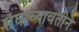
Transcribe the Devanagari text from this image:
संघाच्यावतीने